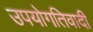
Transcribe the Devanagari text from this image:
उपयोगतिवादी